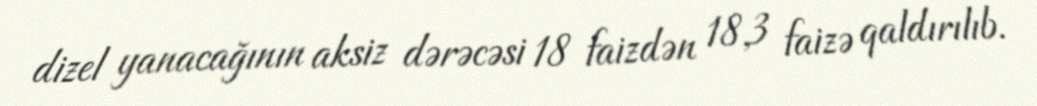
dizel yanacağının aksiz dərəcəsi 18 faizdən 18,3 faizə qaldırılıb.